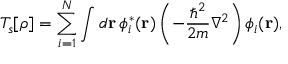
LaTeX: T _ { s } [ \rho ] = \sum _ { i = 1 } ^ { N } \int d \mathbf { r } \, \phi _ { i } ^ { * } ( \mathbf { r } ) \left( - { \frac { \hbar ^ { 2 } } { 2 m } } \nabla ^ { 2 } \right) \phi _ { i } ( \mathbf { r } ) ,